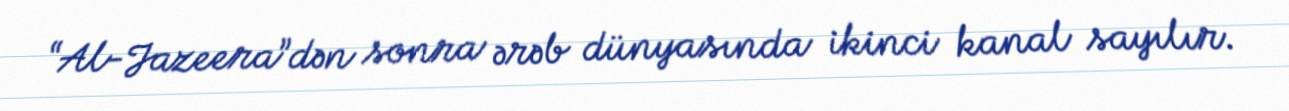
“Al-Jazeera”dən sonra ərəb dünyasında ikinci kanal sayılır.